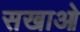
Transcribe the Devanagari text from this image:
सखाओ